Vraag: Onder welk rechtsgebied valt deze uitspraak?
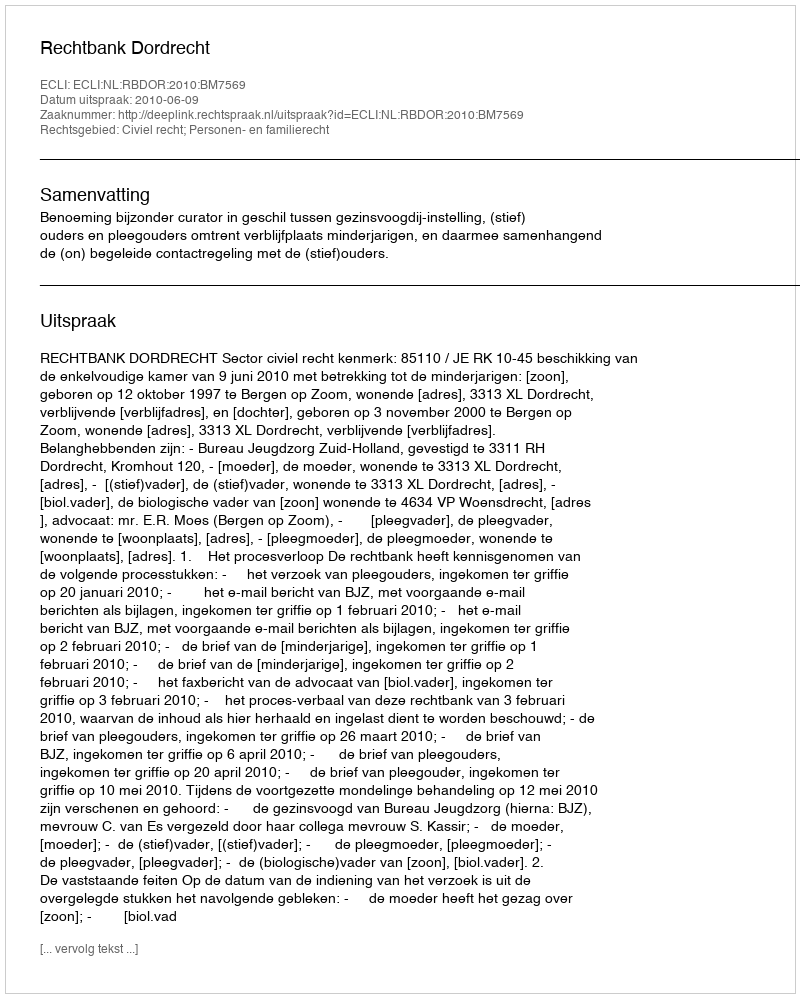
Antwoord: Civiel recht; Personen- en familierecht